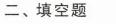
二、填空题